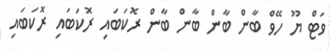
ވަޓް ޔޫ ހޭވް ބާން ބާން ބާން ބާން ރޮކަބަައި ރޮކަބައި ރޮކަބައި